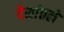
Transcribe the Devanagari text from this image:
देशांतले